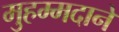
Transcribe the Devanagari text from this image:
मुहम्मदाने